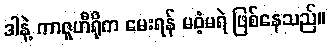
ဒါနဲ့ ကာဇူဟီရိုက မေးရန် မဝံ့မရဲ ဖြစ်နေသည်။